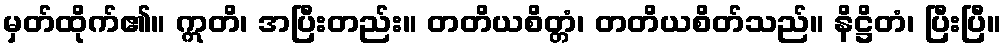
မှတ်ထိုက်၏။ ဣတိ၊ အပြီးတည်း။ တတိယစိတ္တံ၊ တတိယစိတ်သည်။ နိဋ္ဌိတံ၊ ပြီးပြီ။